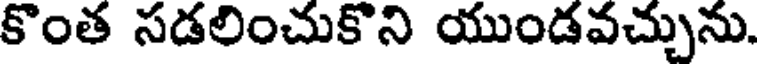
కొంత సడలించుకొని యుండవచ్చును.